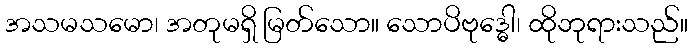
အသမသမော၊ အတုမရှိ မြတ်သော။ သောပိဗုဒ္ဓေါ၊ ထိုဘုရားသည်။